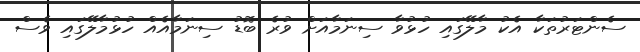
ސެންޓަރުތަކާ އެކު މާލޭގައި ހުޅުވާ ސިނަމާއަށް ވުރެ ބޮޑު ސިނަމާއެއް ހުޅުމާލޭގައި ވެސް